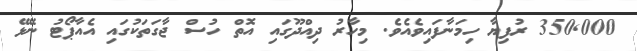
350